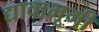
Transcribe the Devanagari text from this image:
द्यावाभूमी